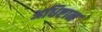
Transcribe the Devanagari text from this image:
अधिष्टान